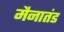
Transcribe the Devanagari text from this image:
मैनातंड